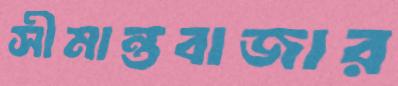
সীমান্তবাজার